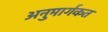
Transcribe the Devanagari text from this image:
अनुमार्गकत